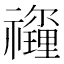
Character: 𥜡